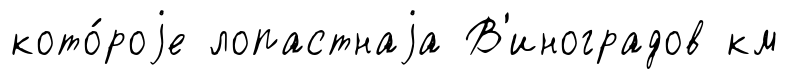
кото́роjе лопастнаjа В'иноградов км